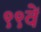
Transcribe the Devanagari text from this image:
९९वें